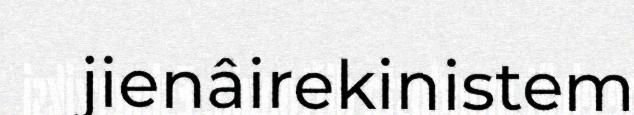
jienâirekinistem